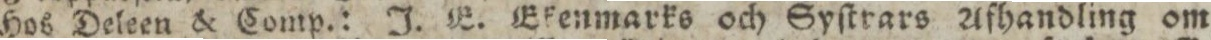
Hos Deleen & Comp.: J. E. Efenmarks och Syſtrars Afhandling om